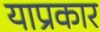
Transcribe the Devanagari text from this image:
याप्रकार